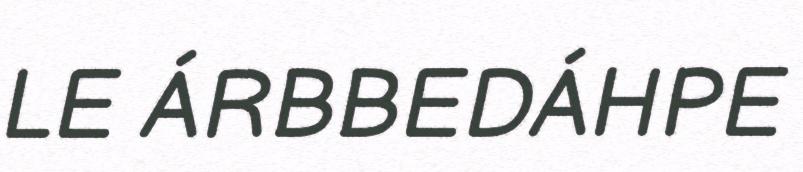
LE ÁRBBEDÁHPE